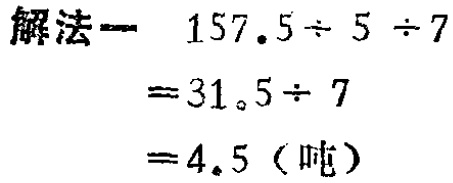
解法一 \(157.5\div 5\div 7\)

\(=31.5\div 7\)

\(=4.5\)（吨）